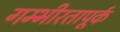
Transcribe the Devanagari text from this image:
गम्भीरतापूर्क